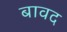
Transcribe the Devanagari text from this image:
बावद